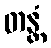
တန္တံ